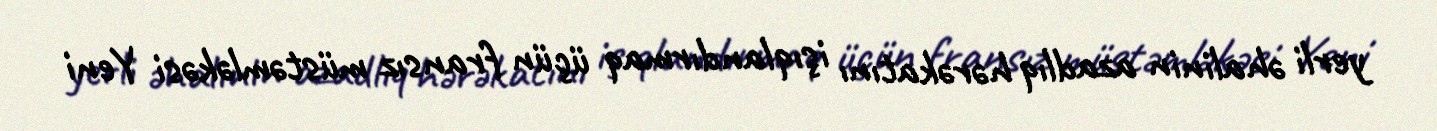
yerli əhalinin azadlıq hərəkatını işıqlandırmaq üçün fransız müstəmləkəsi Yeni